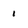
Character: i